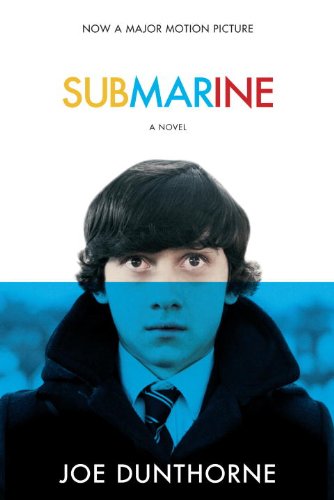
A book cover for Submarine: A Novel (Random House Movie Tie-In Books); JOE DUNTHORNE; Literature & Fiction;